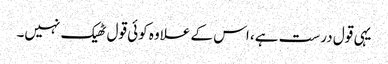
یہی قول درست ہے، اس کے علاوہ کوئی قول ٹھیک نہیں۔